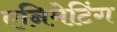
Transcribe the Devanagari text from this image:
एनिमेटिंग